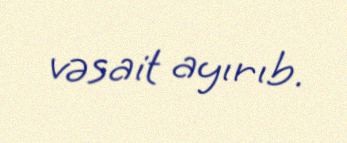
vəsait ayırıb.